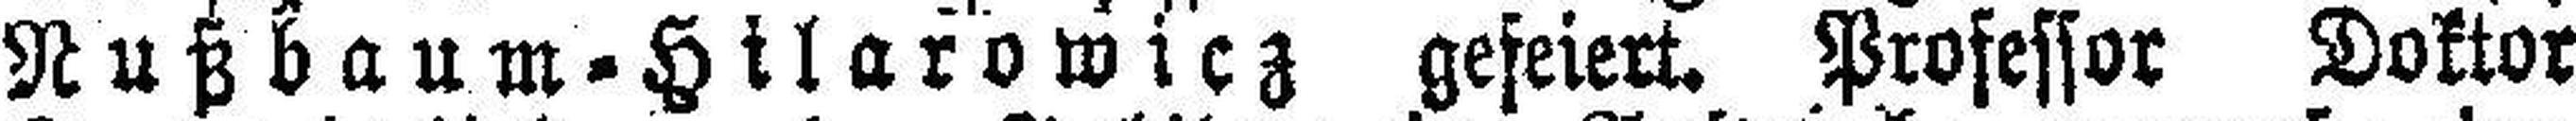
Nußbaum=Hilarowicz gefeiert. Professor Doktor